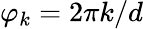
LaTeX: \varphi_{k}=2\pi k/d